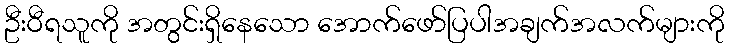
ဦးဝီရသူကို အတွင်းရှိနေသော အောက်ဖော်ပြပါအချက်အလက်များကို